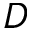
D